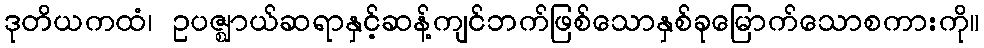
ဒုတိယကထံ၊ ဥပဇ္ဈာယ်ဆရာနှင့်ဆန့်ကျင်ဘက်ဖြစ်သောနှစ်ခုမြောက်သောစကားကို။